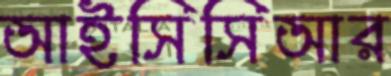
আইসিসিআর